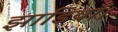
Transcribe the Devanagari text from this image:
झाडियाँ।